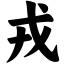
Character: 戎